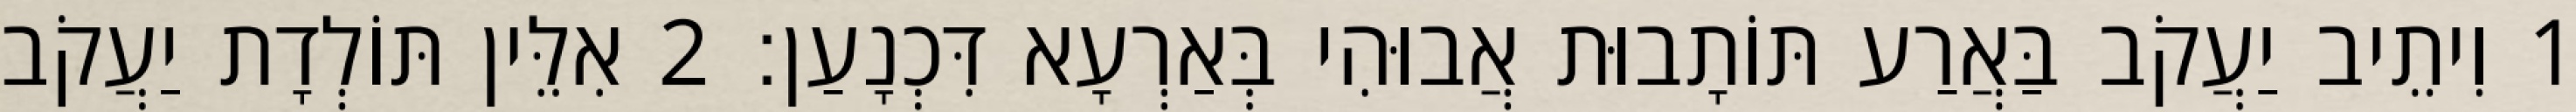
1 וִיתֵיב יַעֲקֹב בַּאֲרַע תּוֹתָבוּת אֲבוּהִי בְּאַרְעָא דִּכְנָעַן׃ 2 אִלֵּין תּוֹלְדָת יַעֲקֹב